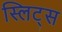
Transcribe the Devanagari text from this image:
स्लिट्स